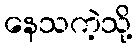
နေသကဲ့သို့